First report of the anti-malarial operations at Mian Mir, 1901-1903 - Number 6
Year: 1901
Disease focus: Malaria
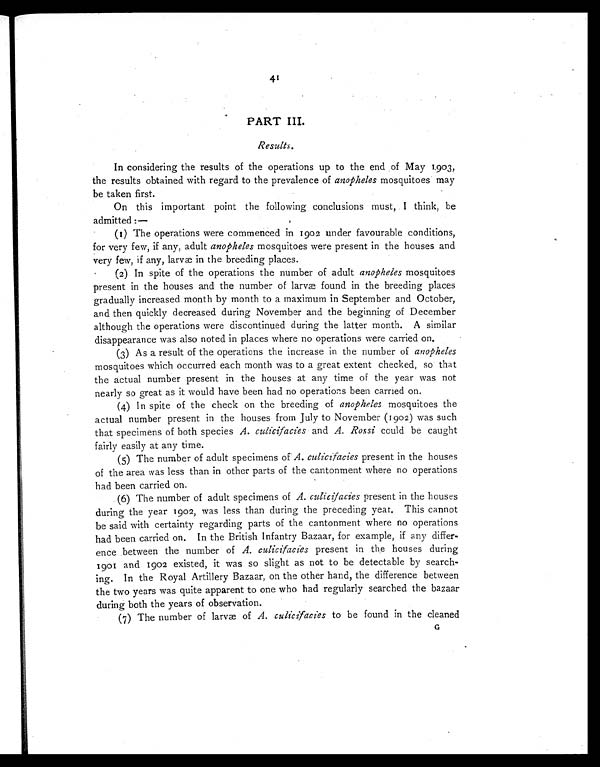
41
PART III.
Results.
In considering the results of the operations up to the end of May 1903,
the results obtained with regard to the prevalence of anopheles mosquitoes may
be taken first.
On this important point the following conclusions must, I think, be
admitted:—
(1) The operations were commenced in 1902 under favourable conditions,
for very few, if any, adult anopheles mosquitoes were present in the houses and
very few, if any, larvæ in the breeding places.
(2) In spite of the operations the number of adult anopheles mosquitoes
present in the houses and the number of larvæ found in the breeding places
gradually increased month by month to a maximum in September and October,
and then quickly decreased during November and the beginning of December
although the operations were discontinued during the latter month. A similar
disappearance was also noted in places where no operations were carried on.
(3) As a result of the operations the increase in the number of anopheles
mosquitoes which occurred each month was to a great extent checked, so that
the actual number present in the houses at any time of the year was not
nearly so great as it would have been had no operations been carried on.
(4) In spite of the check on the breeding of anopheles mosquitoes the
actual number present in the houses from July to November (1902) was such
that specimens of both species A. culicifacies and A. Rossi could be caught
fairly easily at any time.
(5) The number of adult specimens of A. culicifacies present in the houses
of the area was less than in other parts of the cantonment where no operations
had been carried on.
(6) The number of adult specimens of A. culicifacies present in the houses
during the year 1902, was less than during the preceding year. This cannot
be said with certainty regarding parts of the cantonment where no operations
had been carried on. In the British Infantry Bazaar, for example, if any differ-
ence between the number of A. culicifacies present in the houses during
1901 and 1902 existed, it was so slight as not to be detectable by search-
ing. In the Royal Artillery Bazaar, on the other hand, the difference between
the two years was quite apparent to one who had regularly searched the bazaar
during both the years of observation.
(7) The number of larvæ of A. culicifacies to be found in the cleaned